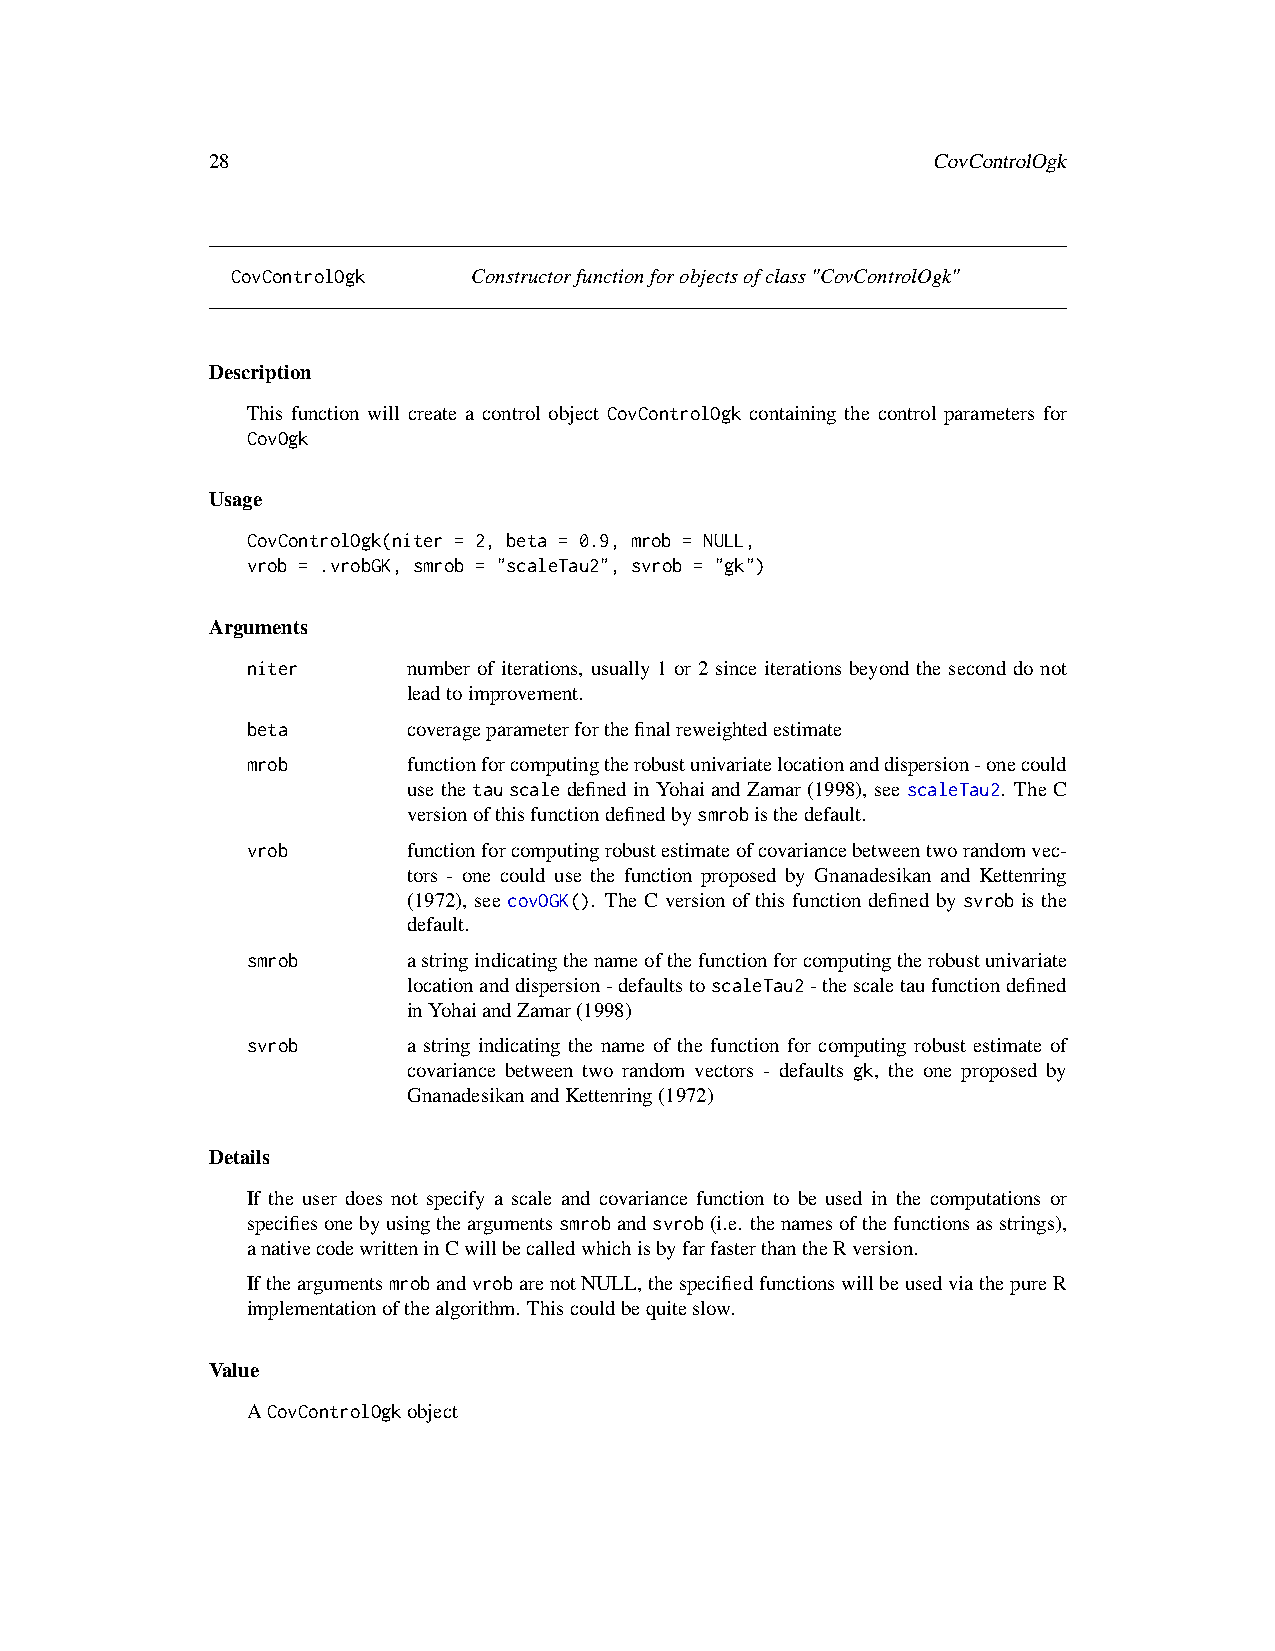
28                                              CovControlOgk
 CovControlOgk   Constructorfunctionforobjectsofclass"CovControlOgk"
 Description
 This function will create a control object CovControlOgk containing the control parameters for
 CovOgk
 Usage
 CovControlOgk(niter = 2, beta = 0.9, mrob = NULL,
 vrob = .vrobGK, smrob = "scaleTau2", svrob = "gk")
 Arguments
 niter      number of iterations, usually 1 or 2 since iterations beyond the second do not
 leadtoimprovement.
 beta       coverageparameterforthefinalreweightedestimate
 mrob       functionforcomputingtherobustunivariatelocationanddispersion-onecould
 usethetauscaledefinedinYohaiandZamar(1998), seescaleTau2. TheC
 versionofthisfunctiondefinedbysmrobisthedefault.
 vrob       functionforcomputingrobustestimateofcovariancebetweentworandomvec-
 tors - one could use the function proposed by Gnanadesikan and Kettenring
 (1972), see covOGK(). The C version of this function defined by svrob is the
 default.
 smrob      astringindicatingthenameofthefunctionforcomputingtherobustunivariate
 locationanddispersion-defaultstoscaleTau2-thescaletaufunctiondefined
 inYohaiandZamar(1998)
 svrob      a string indicating the name of the function for computing robust estimate of
 covariance between two random vectors - defaults gk, the one proposed by
 GnanadesikanandKettenring(1972)
 Details
 If the user does not specify a scale and covariance function to be used in the computations or
 specifiesonebyusingtheargumentssmrobandsvrob(i.e. thenamesofthefunctionsasstrings),
 anativecodewritteninCwillbecalledwhichisbyfarfasterthantheRversion.
 IftheargumentsmrobandvrobarenotNULL,thespecifiedfunctionswillbeusedviathepureR
 implementationofthealgorithm. Thiscouldbequiteslow.
 Value
 ACovControlOgkobject